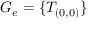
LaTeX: G _ { e } = \{ T _ { ( 0 , 0 ) } \}